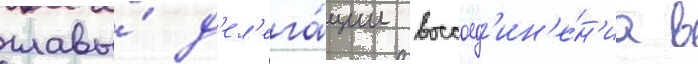
главы́ д'ел'ега́ции воссоед'ин'е́н'иа в